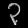
Digit: ၃